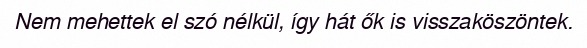
Nem mehettek el szó nélkül, így hát ők is visszaköszöntek.